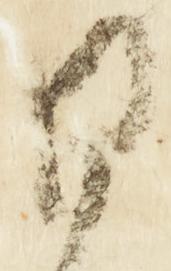
日